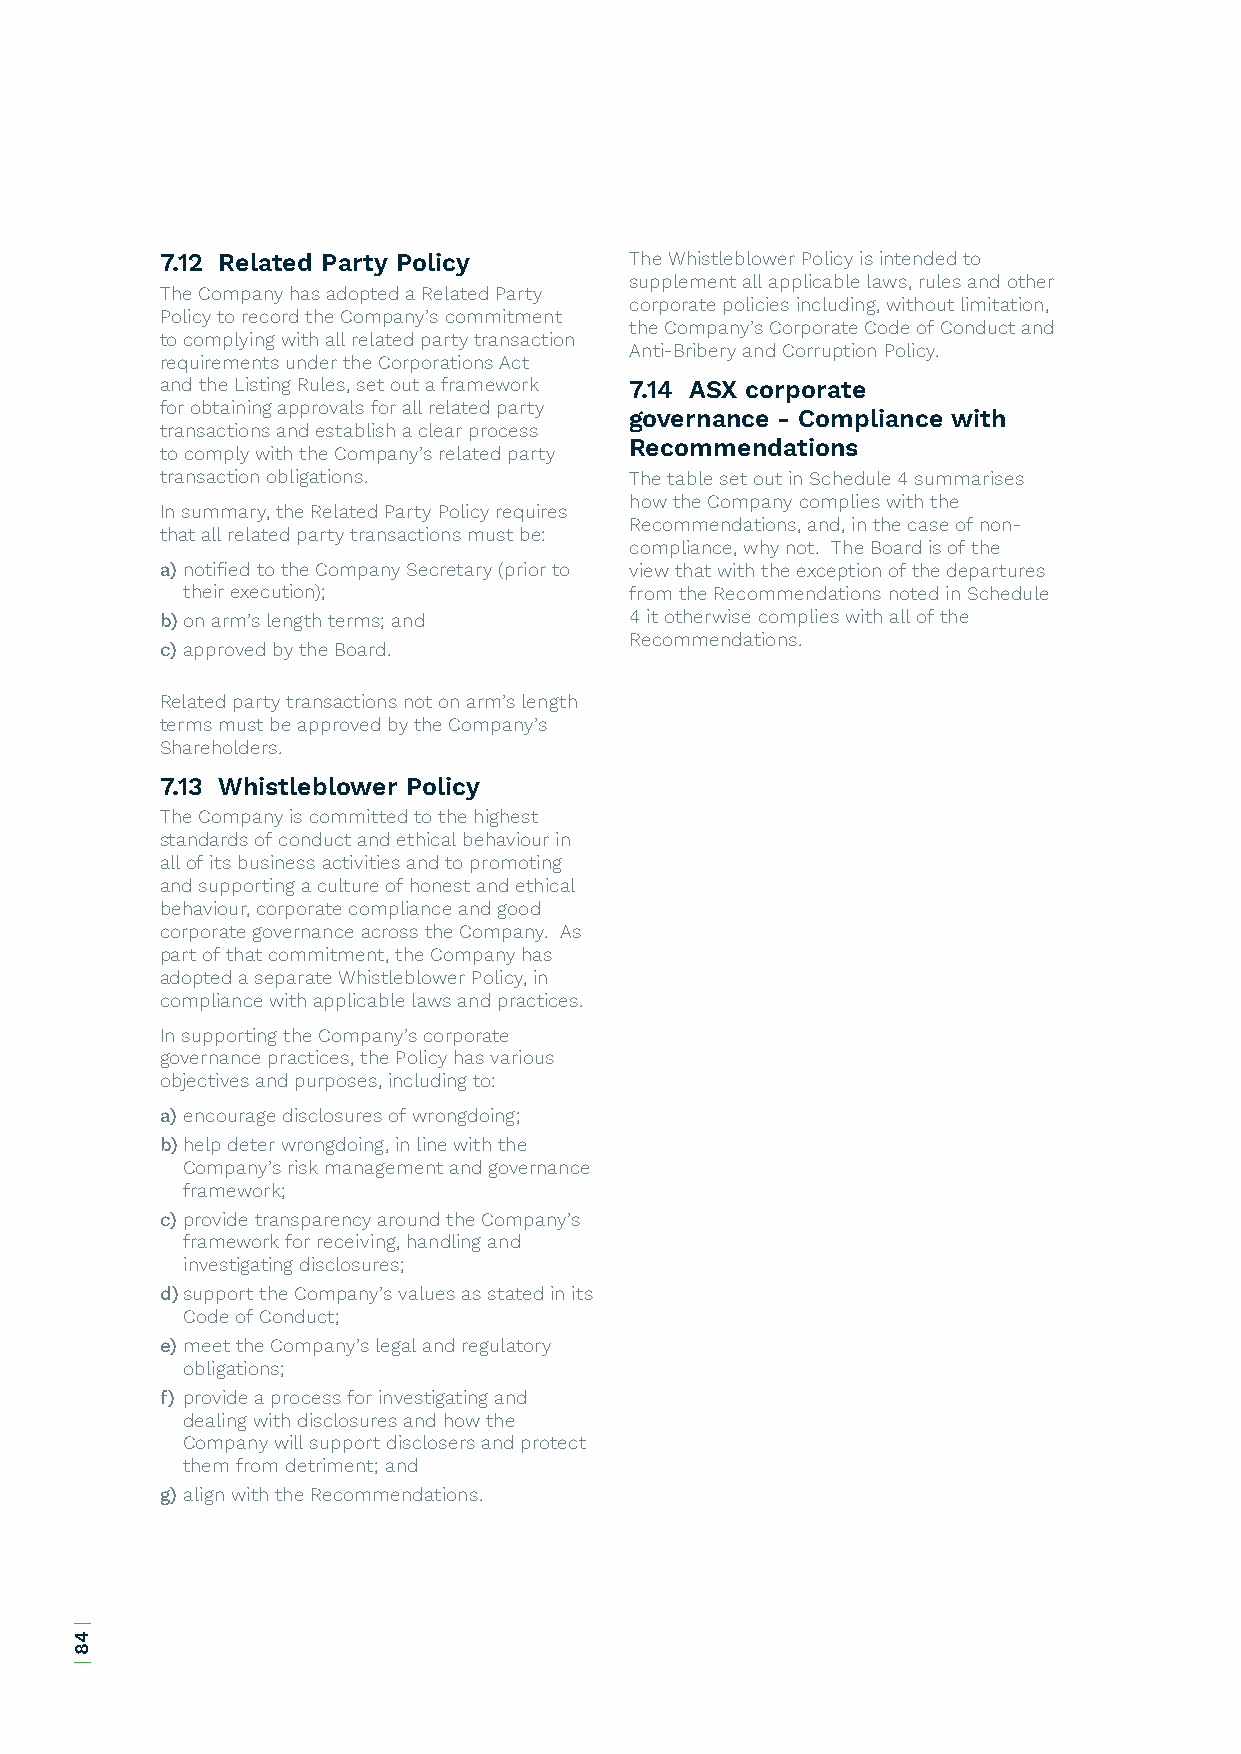
7.12 Related Party Policy      The Whistleblower Policy is intended to
 supplement all applicable laws, rules and other
 The Company has adopted a Related Party
 corporate policies including, without limitation,
 Policy to record the Company’s commitment
 the Company’s Corporate Code of Conduct and
 to complying with all related party transaction
 Anti-Bribery and Corruption Policy.
 requirements under the Corporations Act
 and the Listing Rules, set out a framework 7.14 ASX corporate
 for obtaining approvals for all related party
 governance - Compliance with
 transactions and establish a clear process
 Recommendations
 to comply with the Company’s related party
 transaction obligations.       The table set out in Schedule 4 summarises
 how the Company complies with the
 In summary, the Related Party Policy requires
 Recommendations, and, in the case of non-
 that all related party transactions must be:
 compliance, why not. The Board is of the
 a) notified to the Company Secretary (prior to view that with the exception of the departures
 their execution);             from the Recommendations noted in Schedule
 b) on arm’s length terms; and  4 it otherwise complies with all of the
 Recommendations.
 c) approved by the Board.
 Related party transactions not on arm’s length
 terms must be approved by the Company’s
 Shareholders.
 7.13 Whistleblower Policy
 The Company is committed to the highest
 standards of conduct and ethical behaviour in
 all of its business activities and to promoting
 and supporting a culture of honest and ethical
 behaviour, corporate compliance and good
 corporate governance across the Company. As
 part of that commitment, the Company has
 adopted a separate Whistleblower Policy, in
 compliance with applicable laws and practices.
 In supporting the Company’s corporate
 governance practices, the Policy has various
 objectives and purposes, including to:
 a) encourage disclosures of wrongdoing;
 b) help deter wrongdoing, in line with the
 Company’s risk management and governance
 framework;
 c) provide transparency around the Company’s
 framework for receiving, handling and
 investigating disclosures;
 d) support the Company’s values as stated in its
 Code of Conduct;
 e) meet the Company’s legal and regulatory
 obligations;
 f) provide a process for investigating and
 dealing with disclosures and how the
 Company will support disclosers and protect
 them from detriment; and
 g) align with the Recommendations.
 |
 48
 |